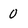
Character: 0